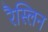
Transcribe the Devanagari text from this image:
रैस्लिन